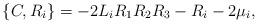
LaTeX: \begin{align*}\{C,R_i\}=-2L_i R_{1}R_2R_{3}-R_i-2\mu_i,\end{align*}